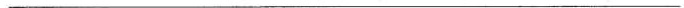
___